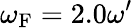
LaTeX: \omega_{\mathrm{{F}}}=2.0\omega^{\prime}